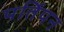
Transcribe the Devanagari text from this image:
पर्तिपन